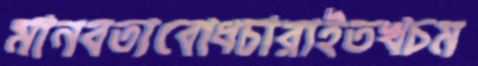
মানবতাবোধচারাইতখচম